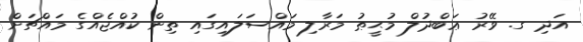
އަދި ގ. ވޭރު ޢަބްދުލް މުޙީޠު މަރާލި މައްސަލައިގައި ތިން ކުއްޖެއްގެ މައްޗަށް